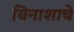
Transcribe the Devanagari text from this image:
विनाशाचे